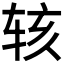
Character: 𬨇